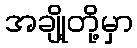
အချို့တို့မှာ